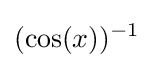
(\cos(x))^{-1}